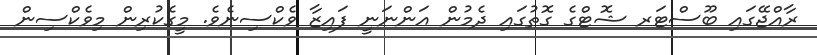
ރާއްޖޭގައި ބޫސްޓަރ ޝޮޓްގެ ގޮތުގައި ދެމުން އަންނަނީ ފައިޒާ ވެކްސިނެވެ. މީގެކުރިން މިވެކްސިން